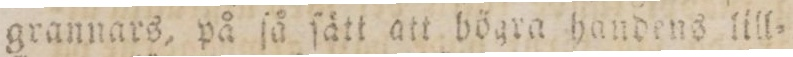
grannars, på ſå ſätt att bögra handens lill=